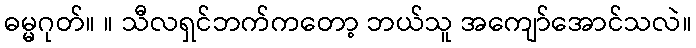
ဓမ္မဂုတ်။ ။ သီလရှင်ဘက်ကတော့ ဘယ်သူ အကျော်အောင်သလဲ။